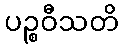
ပဉ္စဝီသတိ